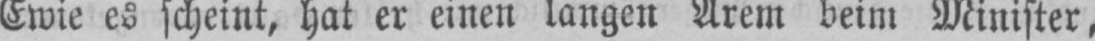
Ewie es scheint, hat er einen langen Arem beim Minister,